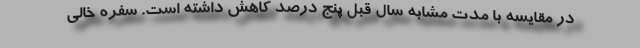
در مقایسه با مدت مشابه سال قبل پنج درصد کاهش داشته است. سفره خالی